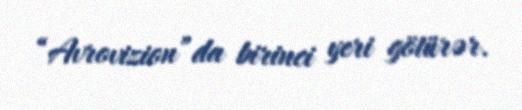
“Avrovizion”da birinci yeri götürər.